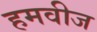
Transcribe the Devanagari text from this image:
हमवीज